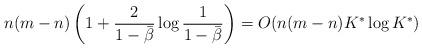
LaTeX: \begin{align*} n(m-n)\left(1 + \frac{2}{1 - \bar{\beta}} \log \frac{1}{1 - \bar{\beta}}\right) = O(n(m-n)K^* \log K^*)\end{align*}